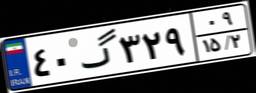
۱۳گ۳۲۲۴۶